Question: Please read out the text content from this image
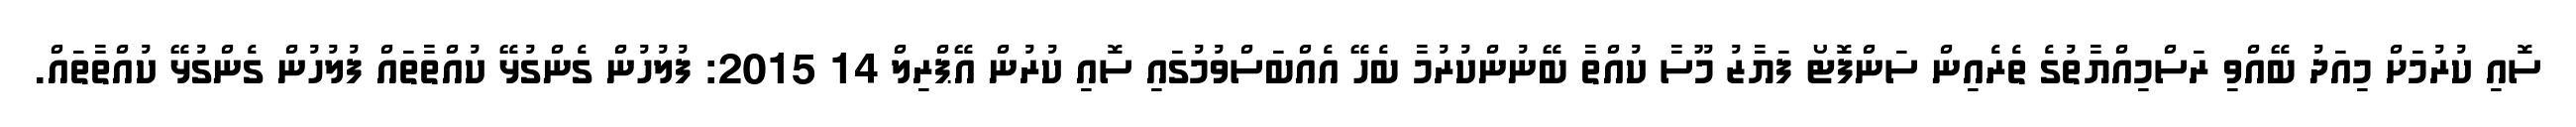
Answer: ސޮއި ކުރުމަށް މިއަދު ބޭއްވި ރަސްމިއްޔާތުގެ ތެރެއިން ސަންފޮޓޯ ފަޔާޒު މޫސާ ކުއްތާ ބޭނުންކުރުމާ ބެހޭ އެއްބަސްވުމުގައި ސޮއި ކުރުން އޭޕްރިލް 14 2015: ފުލުހުން ގެންގުޅޭ ކުއްތާތައް ފުލުހުން ގެންގުޅޭ ކުއްތާތައް.